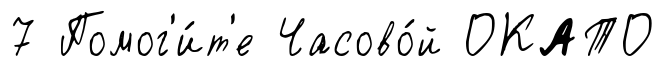
7 Помог'и́т'е Часово́й ОКАТО